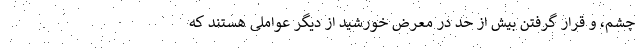
چشم، و قرار گرفتن بیش از حد در معرض خورشید از دیگر عواملی هستند که